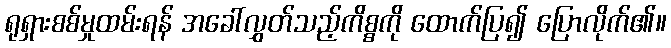
ရုရှားစစ်မှုထမ်းရန် အခေါ်လွှတ်သည့်ကိစ္စကို ထောက်ပြ၍ ပြောလိုက်၏။